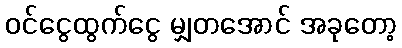
ဝင်ငွေထွက်ငွေ မျှတအောင် အခုတော့